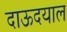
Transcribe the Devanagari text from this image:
दाऊदयाल